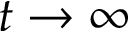
t \to \infty